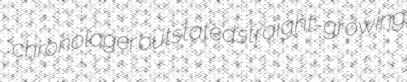
chronologer outstated straight-growing